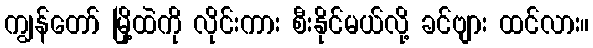
ကျွန်တော် မြို့ထဲကို လိုင်းကား စီးနိုင်မယ်လို့ ခင်ဗျား ထင်လား။